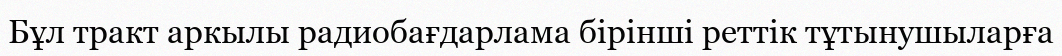
Бұл тракт аркылы радиобағдарлама бірінші реттік тұтынушыларға